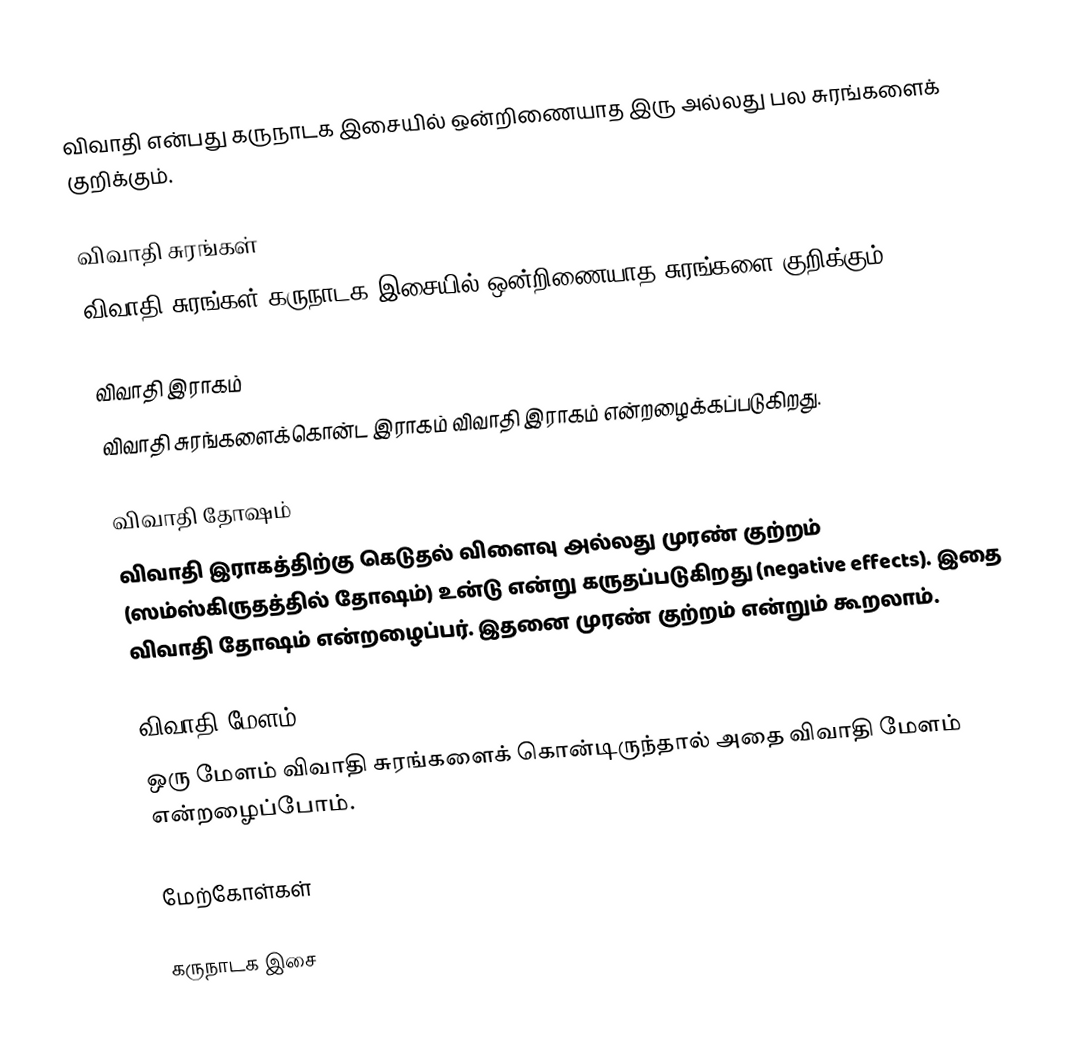
விவாதி என்பது கருநாடக இசையில் ஒன்றிணையாத இரு அல்லது பல சுரங்களைக் குறிக்கும்.

விவாதி சுரங்கள்
விவாதி சுரங்கள் கருநாடக இசையில் ஒன்றிணையாத சுரங்களை குறிக்கும்.

விவாதி இராகம்
விவாதி சுரங்களைக்கொன்ட இராகம் விவாதி இராகம் என்றழைக்கப்படுகிறது.

விவாதி தோஷம்
விவாதி இராகத்திற்கு கெடுதல் விளைவு அல்லது முரண் குற்றம் (ஸம்ஸ்கிருதத்தில் தோஷம்) உன்டு என்று கருதப்படுகிறது (negative effects). இதை விவாதி தோஷம் என்றழைப்பர். இதனை முரண் குற்றம் என்றும் கூறலாம்.

விவாதி மேளம்
ஒரு மேளம் விவாதி சுரங்களைக் கொன்டிருந்தால் அதை விவாதி மேளம் என்றழைப்போம்.

மேற்கோள்கள்

கருநாடக இசை